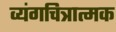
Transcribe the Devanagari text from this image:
व्यंगचित्रात्मक